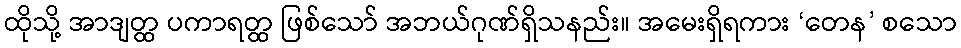
ထိုသို့ အာဒျတ္ထ ပကာရတ္ထ ဖြစ်သော် အဘယ်ဂုဏ်ရှိသနည်း။ အမေးရှိရကား ‘တေန’ စသော